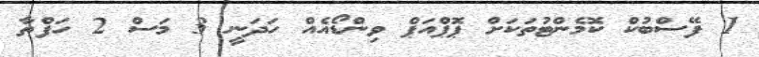
1 ފޭސްބުކް ކޮމެންޓުތަކަށް ޕޮޕްއަޕް ވިންޑޯއެއް ހަދަނީ 3 މަސް 2 ހަފްތާ